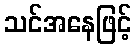
သင်အနေဖြင့်